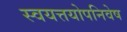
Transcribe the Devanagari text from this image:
स्वयत्तयोपनिवेष